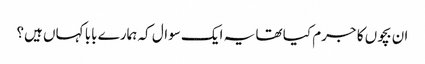
ان بچوں کا جرم کیا تھا یہ ایک سوال کہ ہمارے بابا کہاں ہیں؟